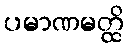
ပမာဏမတ္ထိ